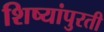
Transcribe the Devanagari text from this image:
शिष्यांपुरती